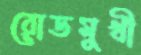
রোডমুখী